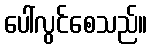
ပေါ်လွင်စေသည်။